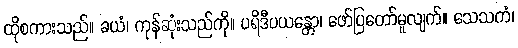
ထိုစကားသည်။ ခယံ၊ ကုန်ဆုံးသည်ကို။ ပရိဒီပယန္တော၊ ဖော်ပြတော်မူလျက်။ သေသကံ၊